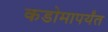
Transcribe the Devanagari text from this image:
कडोमापर्यंत